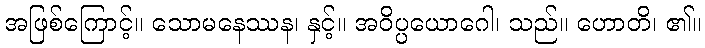
အဖြစ်ကြောင့်။ သောမနေဿန၊ နှင့်။ အဝိပ္ပယောဂေါ၊ သည်။ ဟောတိ၊ ၏။